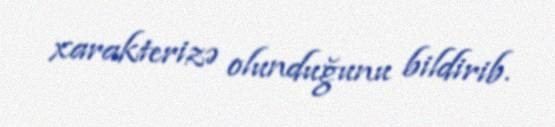
xarakterizə olunduğunu bildirib.